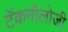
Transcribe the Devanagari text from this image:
टॅकनॉलोजी